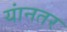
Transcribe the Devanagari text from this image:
यांनतर